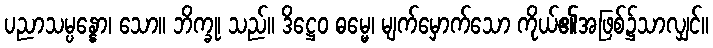
ပညာသမ္ပန္နော၊ သော။ ဘိက္ခု၊ သည်။ ဒိဋ္ဌေဝ ဓမ္မေ၊ မျက်မှောက်သော ကိုယ်၏အဖြစ်၌သာလျှင်။